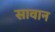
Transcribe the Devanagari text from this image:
सावान